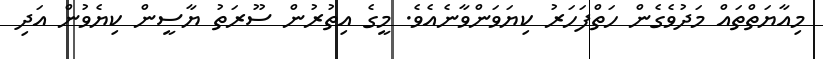
މިއާޔަތްތައް މަދުވެގެން ހަތްފަހަރު ކިޔަވަންވާނެއެވެ. މީގެ އިތުރުން ސޫރަތު ޔާސީން ކިޔެވުން އަދި